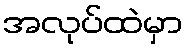
အလုပ်ထဲမှာ